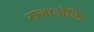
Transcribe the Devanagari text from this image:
राजाओंके